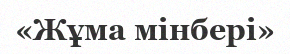
«Жұма мінбері»